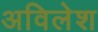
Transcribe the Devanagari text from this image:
अविलेश